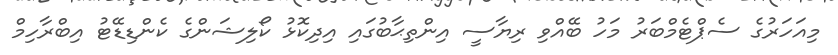
މިއަހަރުގެ ސެޕްޓެމްބަރު މަހު ބޭއްވި ރިޔާސީ އިންތިޙާބުގައި އިދިކޮޅު ކޯލިޝަންގެ ކެންޑިޑޭޓު އިބްރާހިމް